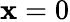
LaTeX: \mathbf{x}=0